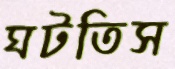
ঘটতিস